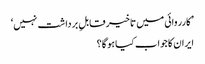
’کارروائی میں تاخیر قابلِ برداشت نہیں‘
ایران کا جواب کیا ہو گا؟